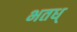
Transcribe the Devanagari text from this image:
भतध्